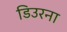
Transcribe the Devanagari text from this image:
डिउरना